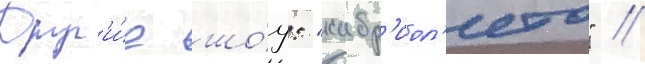
Друг'и́е шо́у: "кабр'иол'ето" /